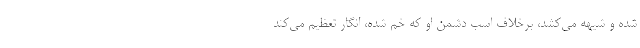
شده و شیهه می‌کشد، برخلاف اسب دشمن او که خم شده، انگار تعظیم می‌کند